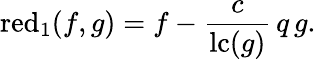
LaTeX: \operatorname{red}_{1}(f,g)=f-{\frac{c}{\operatorname{lc}(g)}}\, q\, g.